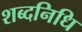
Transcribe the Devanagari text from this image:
शब्दनिधि